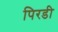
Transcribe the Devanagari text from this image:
पिरडी